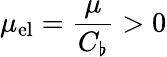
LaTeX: \mu_{\mathrm{el}}=\frac{\mu}{C_{\flat}}>0